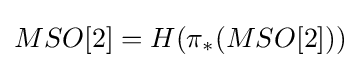
MSO[2]=H(\pi _{*}(MSO[2]))